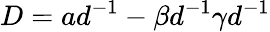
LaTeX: D=ad^{-1}-\beta d^{-1}\gamma d^{-1}